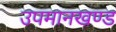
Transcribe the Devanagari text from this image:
उपमानखण्ड